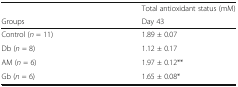
<table><thead><tr><td></td><td><b>Total antioxidant status (mM)</b></td></tr><tr><td><b>Groups</b></td><td><b>Day 43</b></td></tr></thead><tbody><tr><td>Control (<i>n</i> = 11)</td><td>1.89 ± 0.07</td></tr><tr><td>Db (<i>n</i> = 8)</td><td>1.12 ± 0.17</td></tr><tr><td>AM (<i>n</i> = 6)</td><td>1.97 ± 0.12**</td></tr><tr><td>Gb (<i>n</i> = 6)</td><td>1.65 ± 0.08*</td></tr></tbody></table>